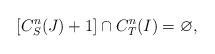
LaTeX: \begin{align*} [C_S^n(J) + 1] \cap C_T^n(I) = \varnothing,\end{align*}